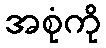
အစုံကို